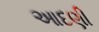
આદણી